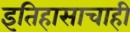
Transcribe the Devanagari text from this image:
इतिहासाचाही